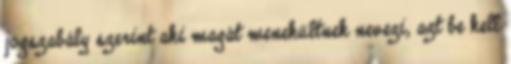
jogszabály szerint aki magát menekültnek nevezi, azt be kell